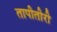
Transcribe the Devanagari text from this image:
तापीतीरी